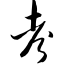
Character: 考